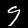
Digit: 9